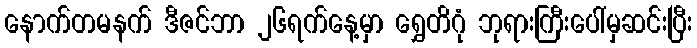
နောက်တမနက် ဒီဇင်ဘာ ၂၆ရက်နေ့မှာ ရွှေတိဂုံ ဘုရားကြီးပေါ်မှဆင်းပြီး